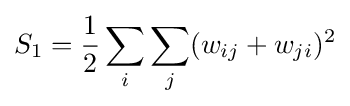
S_{1}={\frac {1}{2}}\sum _{i}\sum _{j}(w_{ij}+w_{ji})^{2}